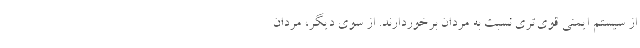
از سیستم ایمنی قوی‌تری نسبت به مردان برخوردارند. از سوی دیگر، مردان